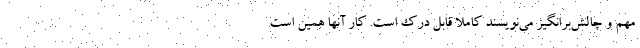
مهم و چالش‌برانگیز می‌نویسند کاملاً قابل درک است. کار آنها همین است